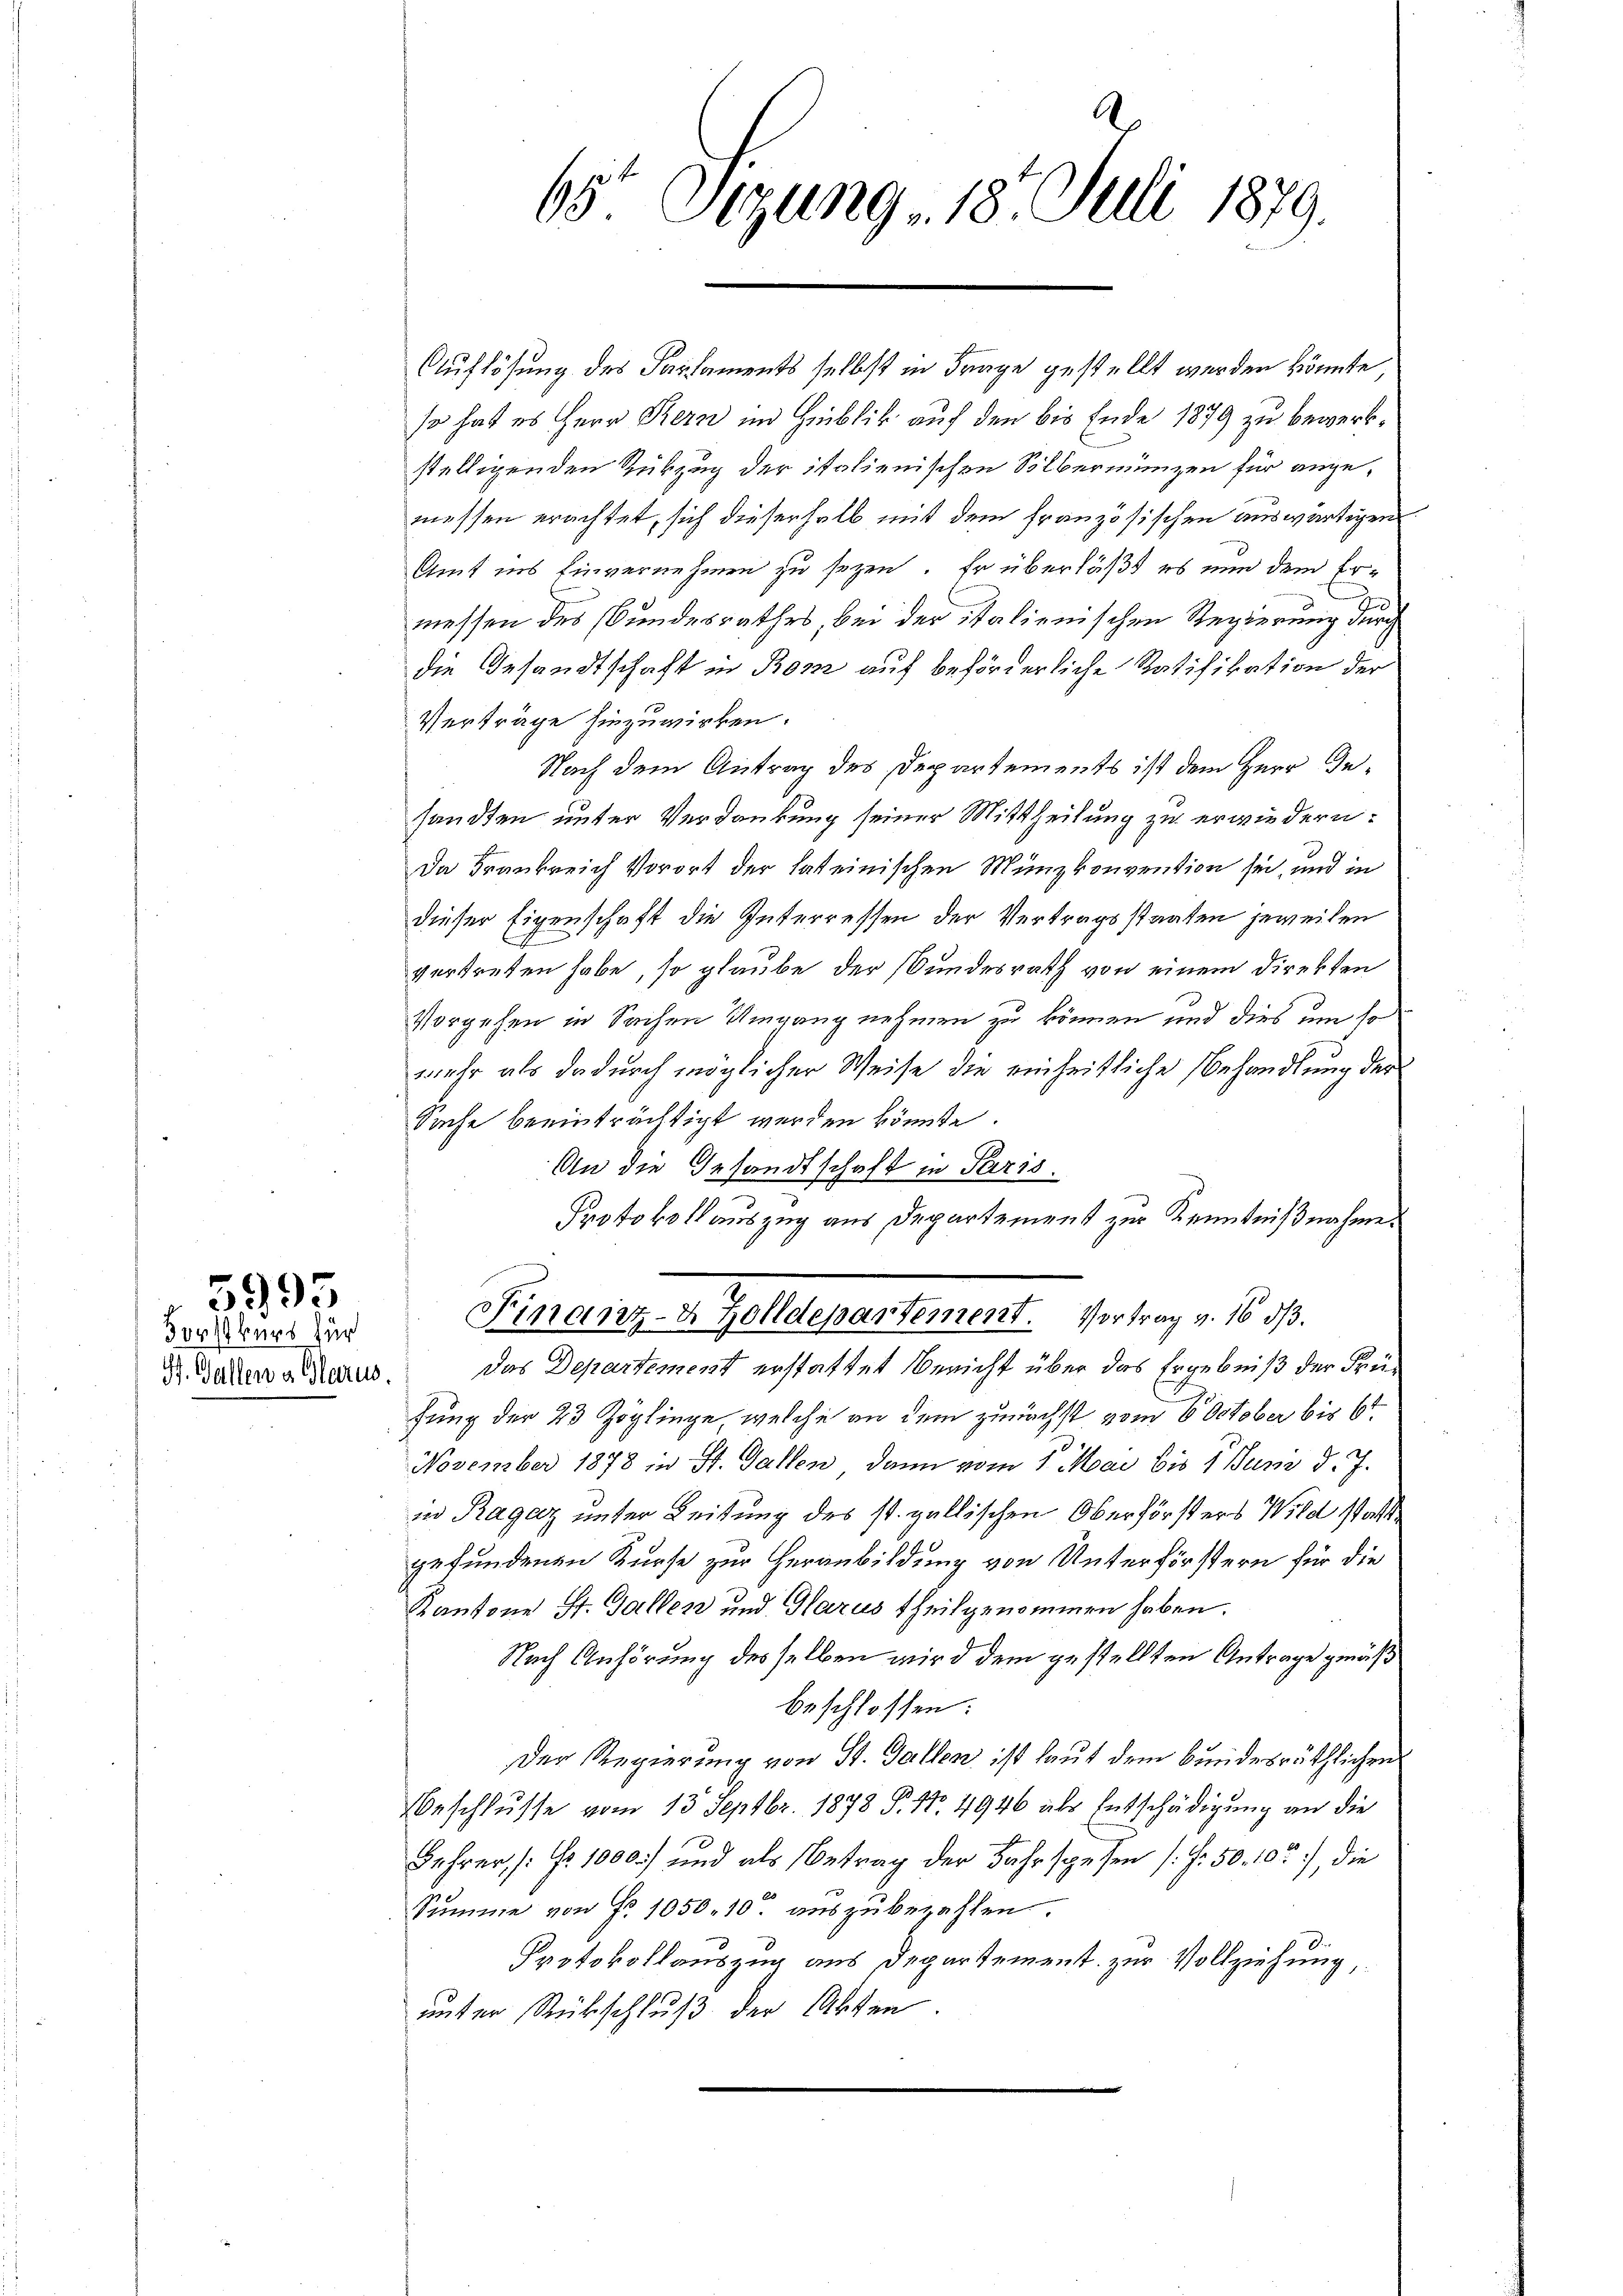
Forstkurs für
St. Gallen a. Glarus.

5993

65 Sizung, 18. Juli 1879.

Auflösung des Parlaments selbst in Frage gestellt werden könnte,
so hat es Herr Kern im Hinblik auf den bis Ende 1879 zu bewerkstelligenden Rükzug der italienischen Silbermünzen für angemessen erachtet, sich dieserhalb mit dem französischen auswärtigen
Amt ins Einvernehmen zu sezen. Er überläßt es nun dem Erd
messen des Bundesrathes, bei der italienischen Regierung durch
die Gesandtschaft in Bon auf beförderliche Ratifikation der
Verträge hinzuwirken.
Nach dem Antrag des Departements ist dem Herr Gesandten unter Verdankung seiner Mittheilung zu erwiedern:
Da Krankreich Vorort der lateinischen Münzkonvention sei, und in
dieser Eigenschaft die Interressen der Vertragsstaaten jeweilen
vertreten habe, so glaube der Bundesrath von einem Direkten
Vorgehen in Sachen Umgang nehmen zu können und dies um so
mehr als dadurch möglicher Weise die einheitliche Behandlung der
Sache beeinträchtigt werden könnte.
An die Gesandtschaft in Paris.
Protokollauszug aus Departement zur Kenntnißnahme.
Finanz- & Zolldepartement. Vortrag v. 16 d.
Das Departement erstattet Bericht über das Ergebniß der Früfung der 23 Zöglinge, welche an dem zunächst vom 6 October bis 6t
November 1878 in St. Gallen, dann vom 1. Mai bis 1 um d. J.
in Ragaz unter Leitung des st. gallischen Oberförsters Wild statte
gefundenen Kurse zur Heranbildung von Unterförstern für die
Kantone St. Gallen und Glarus theilgenommen haben.
Nach Anhörung desselben wird dem gestellten Antrage gemäß
beschlossen:
Der Regierung von St. Gallen ist laut dem Bundesräthlichen
Beschlusse vom 13. Septbr. 1878 P. Nr. 4946 als Entschädigung an die
Lehrer /: No 1000) und als Betrag der Jahr spesen (S. 50. 10), die
Summe von Fr. 1050. 10. auszubezahlen.
Protokollauszug aus Departement zur Vollziehung,
unter Rückschluß der Akten.